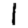
Digit: 1